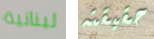
لبنانية حقيقته